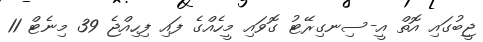
ޖީބުގައި އޮތް އީ-ސިނގިރޭޓު ގޮވައި މީހެއްގެ ފައި ފިހިއްޖެ 39 މިނެޓް 11